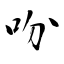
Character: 吩